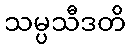
သမ္ပသီဒတိ